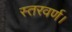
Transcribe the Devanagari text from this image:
स्तरवर्ण।